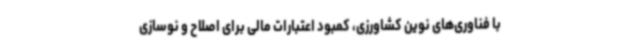
با فناوری‌های نوین کشاورزی، کمبود اعتبارات مالی برای اصلاح و نوسازی